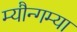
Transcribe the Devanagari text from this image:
म्यौन्गम्या